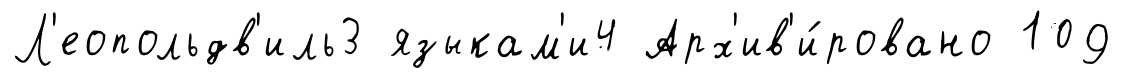
Л'еопольдв'иль3 языкам'и4 Арх'ив'и́ровано 109